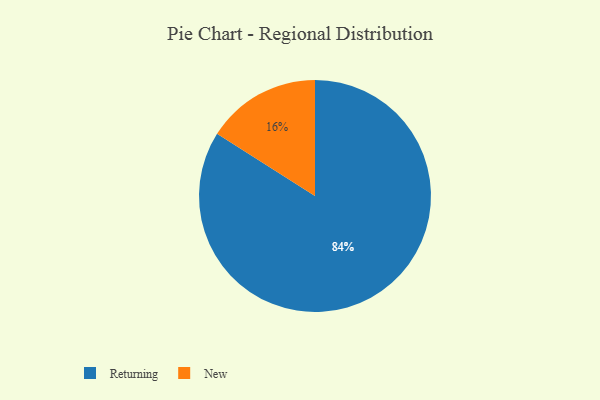
{"axis": {"x": "Category", "y": "Percentage"}, "legend": ["New", "Returning"], "data": [{"x": "Returning", "y": 84, "type": "Returning"}, {"x": "New", "y": 16, "type": "New"}]}